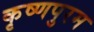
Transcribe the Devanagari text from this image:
कृष्णपुरम